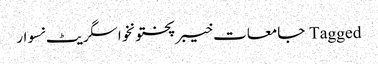
Tagged جامعات خیبرپختونخوا سگریٹ نسوار